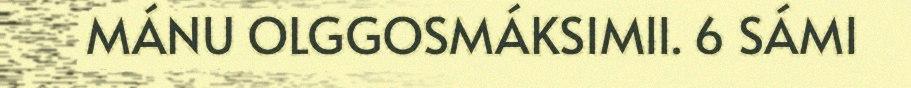
MÁNU OLGGOSMÁKSIMII. 6 SÁMI